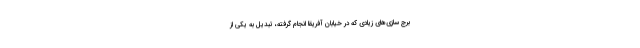
برج سازی‌های زیادی که در خیابان آفریقا انجام گرفته، تبدیل به یکی از